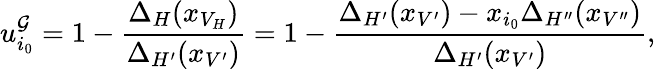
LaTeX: u_{i_{0}}^{\mathcal{G}}=1-\frac{\Delta_{H}(x_{V_{H}})}{\Delta_{H^{\prime}}(x_{V^{\prime}})}=1-\frac{\Delta_{H^{\prime}}(x_{V^{\prime}})-x_{i_{0}}\Delta_{H^{\prime\prime}}(x_{V^{\prime\prime}})}{\Delta_{H^{\prime}}(x_{V^{\prime}})},